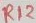
Text: R12